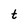
Character: t